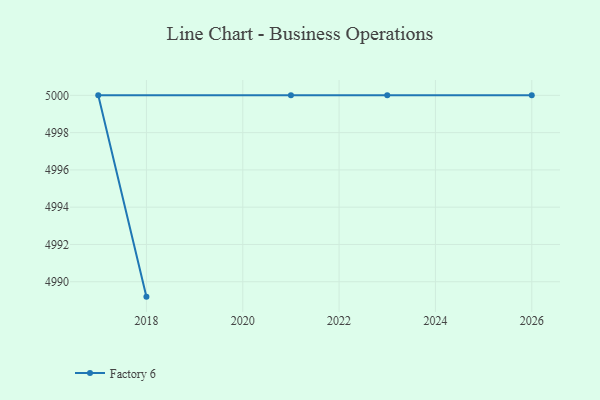
{"axis": {"x": "Year", "y": "Customer Acquisition Cost (USD)"}, "legend": ["Factory 6"], "data": [{"x": "2018", "y": 4989.2, "type": "Factory 6"}, {"x": "2017", "y": 5000, "type": "Factory 6"}, {"x": "2023", "y": 5000, "type": "Factory 6"}, {"x": "2026", "y": 5000, "type": "Factory 6"}, {"x": "2021", "y": 5000, "type": "Factory 6"}]}